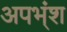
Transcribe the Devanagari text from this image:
अपभ्ंश